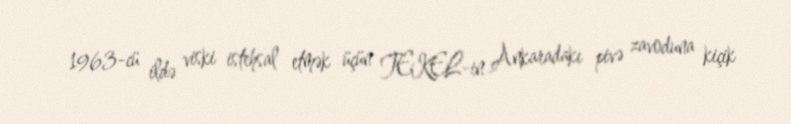
1963-cü ildə viski istehsal etmək üçün TEKEL-in Ankaradakı pivə zavoduna kiçik